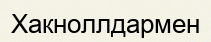
Хакноллдармен